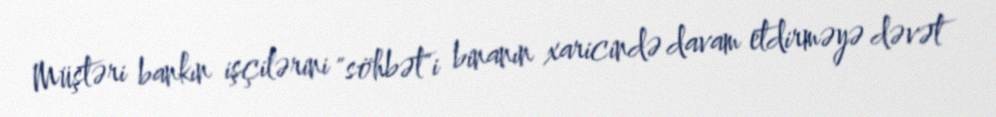
Müştəri bankın işçilərini "söhbət"i binanın xaricində davam etdirməyə dəvət